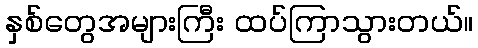
နှစ်တွေအများကြီး ထပ်ကြာသွားတယ်။